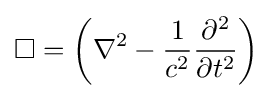
\Box =\left(\nabla ^{2}-{\frac {1}{c^{2}}}{\frac {\partial ^{2}}{\partial t^{2}}}\right)